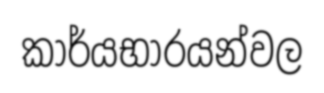
කාර්යභාරයන්වල